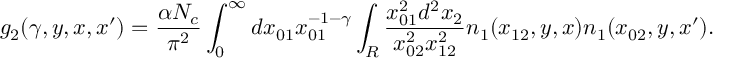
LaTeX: g _ { 2 } ( \gamma , y , x , x ^ { \prime } ) = \frac { \alpha N _ { c } } { \pi ^ { 2 } } \int _ { 0 } ^ { \infty } d x _ { 0 1 } x _ { 0 1 } ^ { - 1 - \gamma } \int _ { R } \frac { x _ { 0 1 } ^ { 2 } d ^ { 2 } x _ { 2 } } { x _ { 0 2 } ^ { 2 } x _ { 1 2 } ^ { 2 } } n _ { 1 } ( x _ { 1 2 } , y , x ) n _ { 1 } ( x _ { 0 2 } , y , x ^ { \prime } ) .